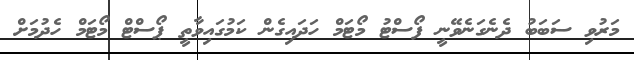
މަރުވި ސަބަބު ދެނެގަނެވޭނީ ފޯސްޓު މޯޓަމް ހަދައިގެން ކަމުގައިވާތީ ޕޯސްޓް މޯޓަމް ހެދުމަށް